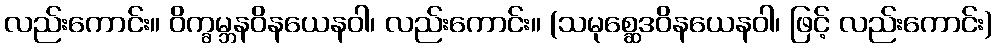
လည်းကောင်း။ ဝိက္ခမ္ဘနဝိနယေနဝါ၊ လည်းကောင်း။ (သမုစ္ဆေဒဝိနယေနဝါ၊ ဖြင့် လည်းကောင်း)